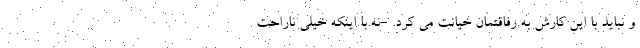
و نباید با این کارش به رفاقتمان خیانت می کرد. -نه.با اینکه خیلی ناراحت